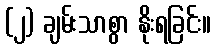
(၂) ချမ်းသာစွာ နိုးရခြင်း။